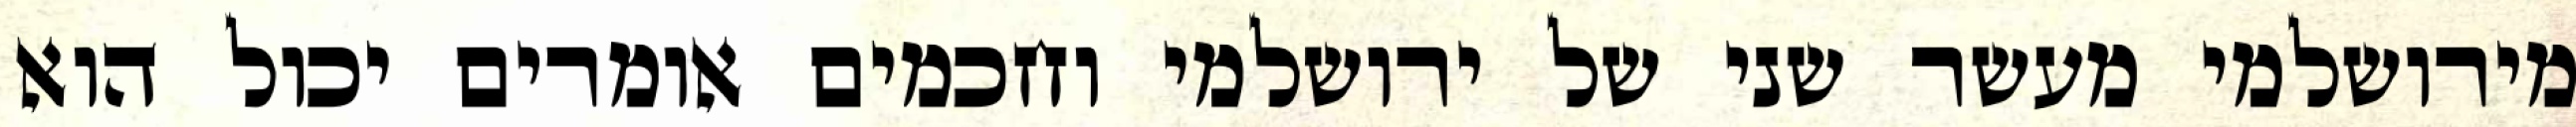
מירושלמי מעשר שני של ירושלמי וחכמים אומרים יכול הוא